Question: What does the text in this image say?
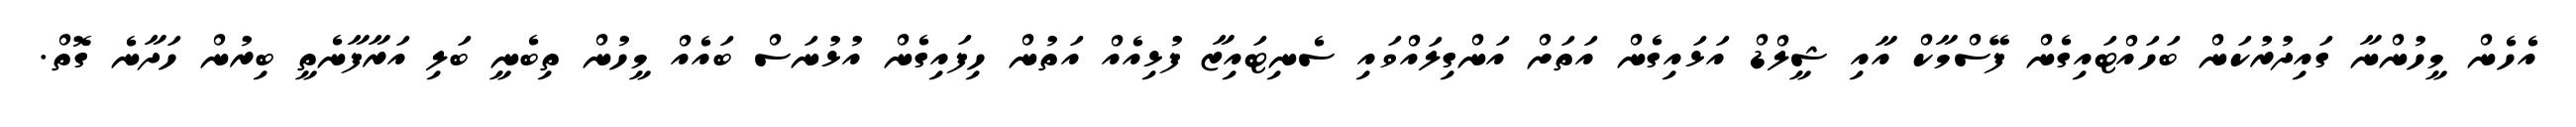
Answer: އެހެން މީހުންނާ ގައިދުރުކަން ބަހައްޓައިގެން ފޭސްމާކް އާއި ޝީލްޑް އަޅައިގެން އަތަށް އަންގިލައްވައި ސެނިޓައިޒާ ފުޅިއެއް އަތުން ހިފައިގެން އުޅުނަސް ބައެއް މީހުން ތިބެނީ ބަލި އަރާފާނެތީ ބިރުން ހަދާނެ ގޮތް.